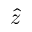
\hat { z }